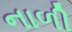
નાળી